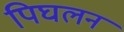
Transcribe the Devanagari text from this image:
पिघलन